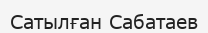
Сатылған Сабатаев